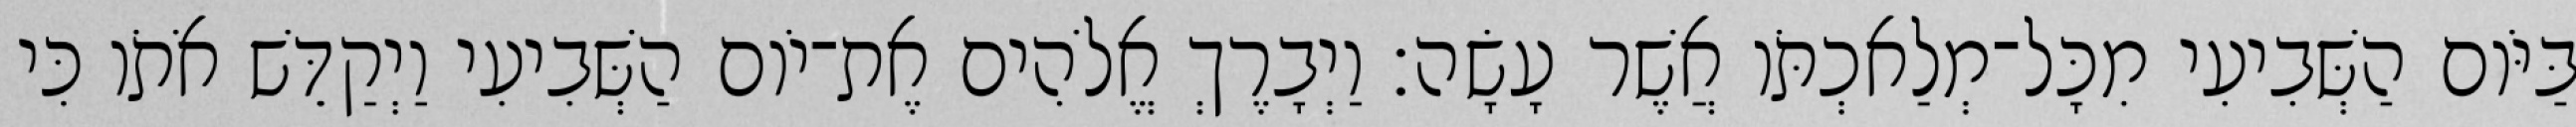
בַּיֹּום הַשְּׁבִיעִי מִכָּל־מְלַאכְתֹּו אֲשֶׁר עָשָׂה׃ וַיְבָרֶךְ אֱלֹהִים אֶת־יֹום הַשְּׁבִיעִי וַיְקַדֵּשׁ אֹתֹו כִּי